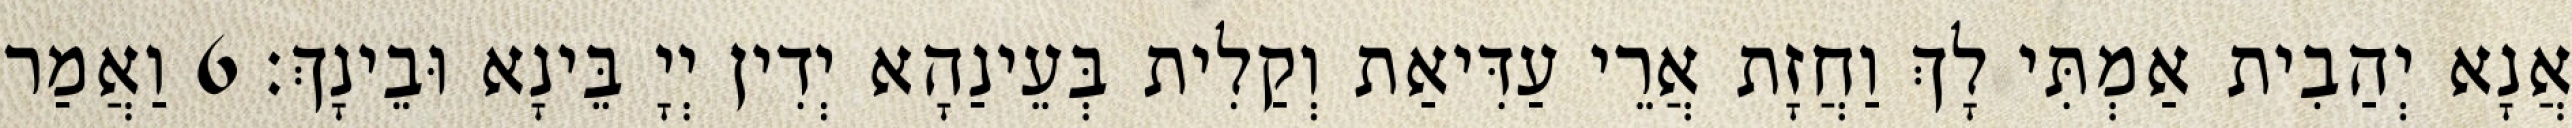
אֲנָא יְהַבִית אַמְתִּי לָךְ וַחֲזָת אֲרֵי עַדִּיאַת וְקַלִית בְּעֵינַהָא יְדִין יְיָ בֵּינָא וּבֵינָךְ׃ 6 וַאֲמַר